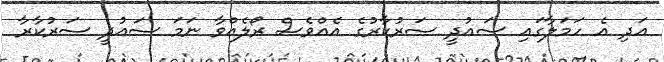
އަދި އެ ހަމަލާގައި ސައުދީ ސަރުކާރުގެ އެއްވެސް ރޯލެއްވާ ނަމަ ސައުދީ ސަރުކާރާ